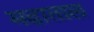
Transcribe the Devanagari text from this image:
मढाताल